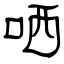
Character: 哂